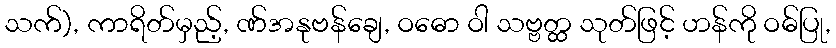
သက်), ကာရိတ်မှည့်, ဏ်အနုဗန်ချေ, ဝဓော ဝါ သဗ္ဗတ္ထ သုတ်ဖြင့် ဟန်ကို ဝဓ်ပြု,